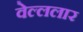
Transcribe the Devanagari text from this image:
वेल्ललार